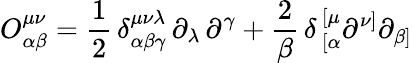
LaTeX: O_{\alpha\beta}^{\mu\nu}={\frac{1}{2}}\, \delta_{\alpha\beta\gamma}^{\mu\nu\lambda}\, \partial_{\lambda}\, \partial^{\gamma}+{\frac{2}{\beta}}\, \delta\, _{[\alpha}^{[\mu}\partial^{\nu]}\partial_{\beta]}